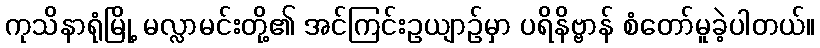
ကုသိနာရုံမြို့ မလ္လာမင်းတို့၏ အင်ကြင်းဥယျာဉ်မှာ ပရိနိဗ္ဗာန် စံတော်မူခဲ့ပါတယ်။